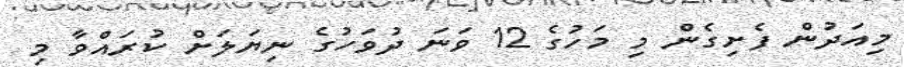
މިއަދުން ފެށިގެން މި މަހުގެ 12 ވަނަ ދުވަހުގެ ނިޔަލަށް ކުރައްވާ މި